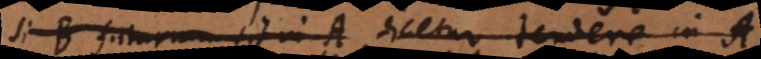
Si B futurum sit in A dicetur tendere in A